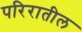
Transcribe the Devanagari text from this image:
परिरातील